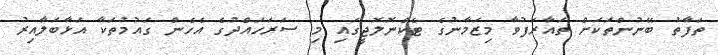
ތަފާތު ބޭނުންތަކަށް ތައާރަފުވާ މިޒަމާނުގެ ޓެކްނޮލޮޖީގައި މި ސަރަހައްދުގެ އެހެން ގައުމުތަކާ އަޅާބަލާއިރު